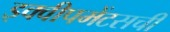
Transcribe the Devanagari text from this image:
इक्वीपमेंटसची